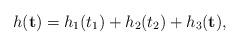
LaTeX: \begin{align*} h(\mathbf{t})=h_1(t_1)+h_2(t_2)+ h_3(\mathbf{t}),\end{align*}